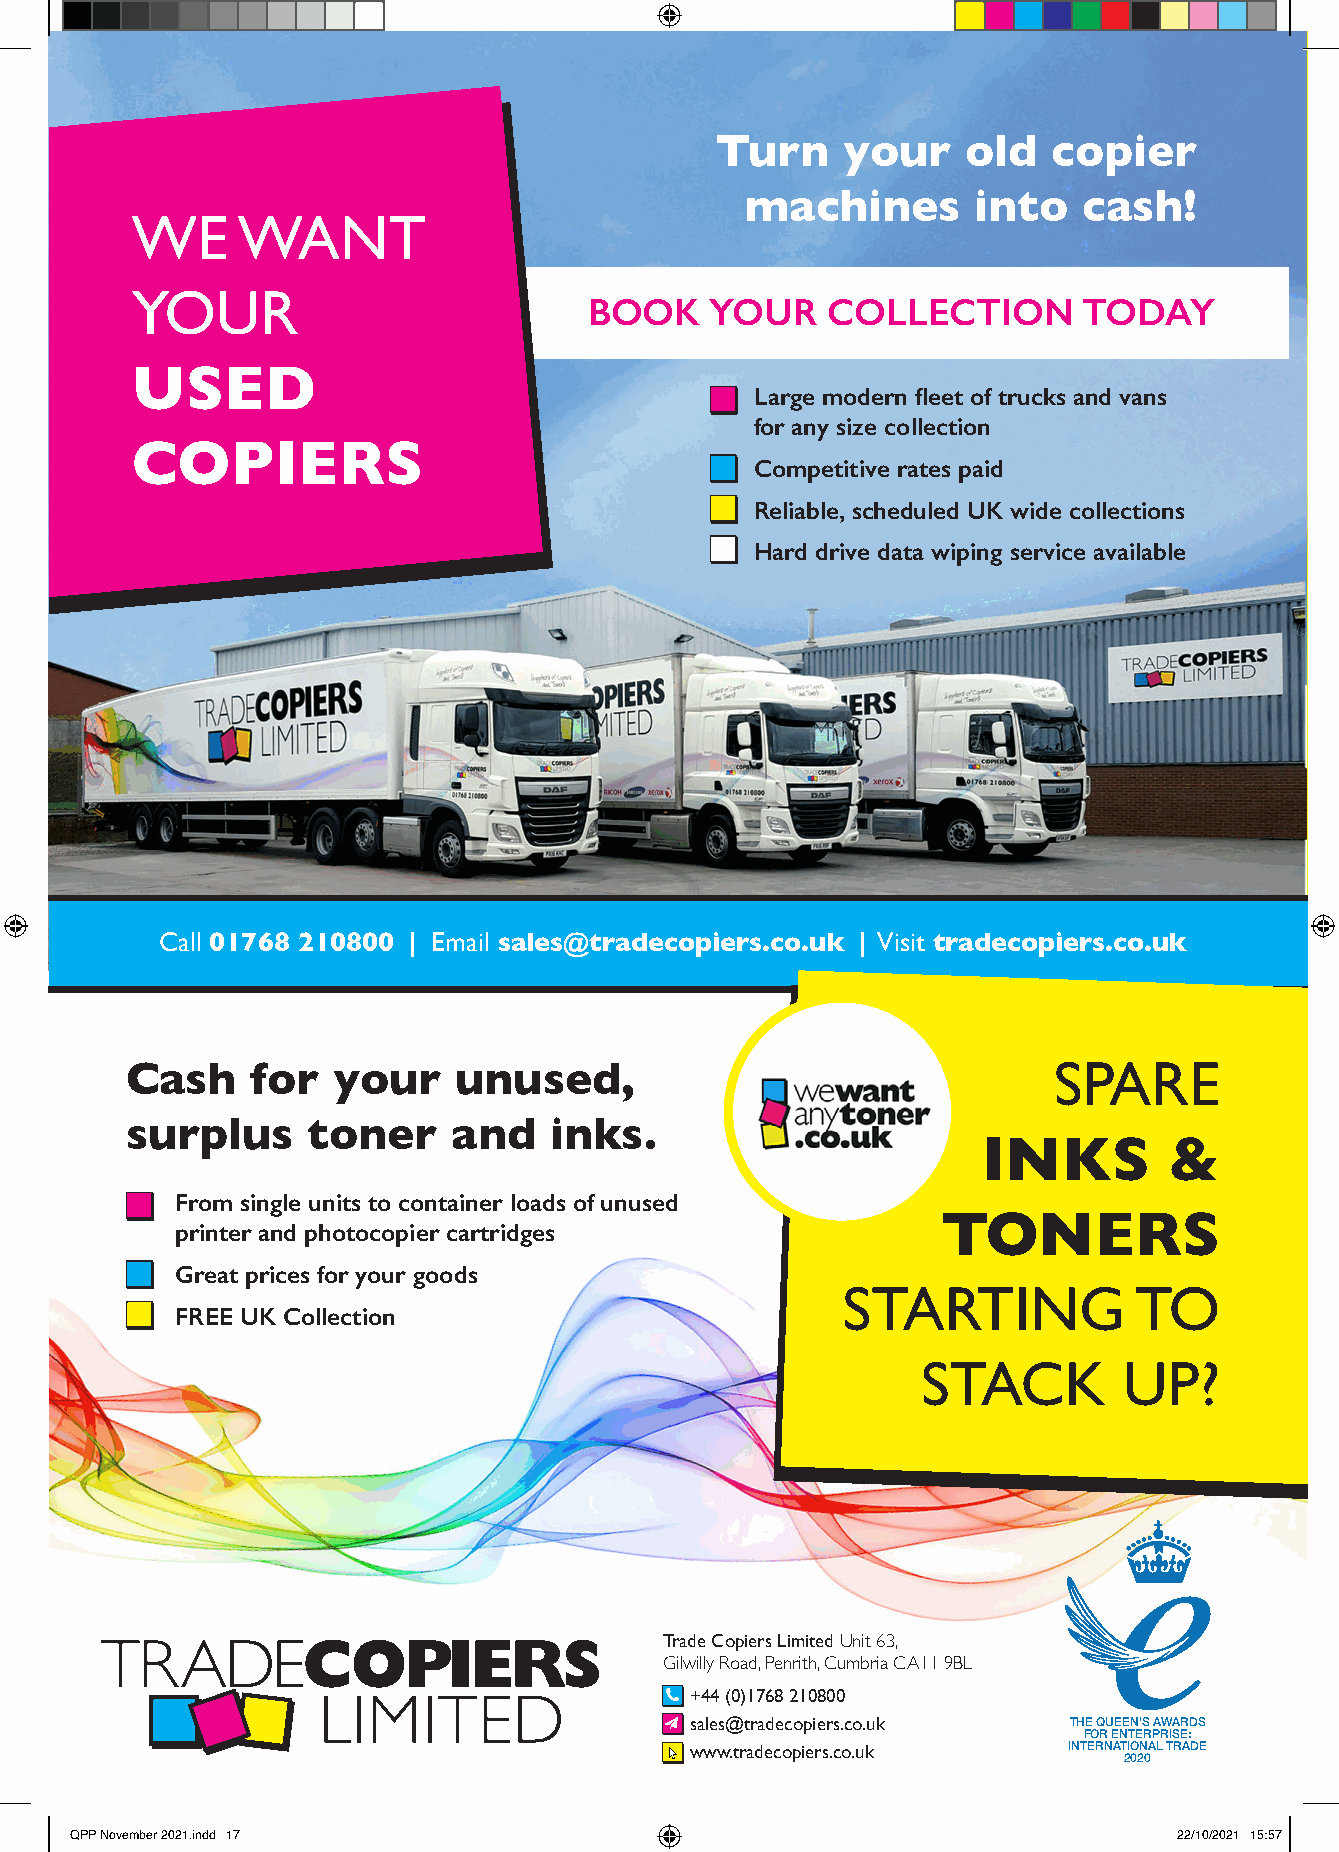
Turn     your    old   copier
 machines       into    cash!
 WE     WANT
 YOUR
 BOOK    YOUR    COLLECTION       TODAY
 USED
 Large modern fleet of trucks and vans
 for any size collection
 COPIERS
 Competitive rates paid
 Reliable, scheduled UK wide collections
 Hard drive data wiping service available
 Call 01768 210800 | Email sales@tradecopiers.co.uk | Visit tradecopiers.co.uk
 SPARE
 Cash     for  your    unused,
 surplus     toner     and   inks.
 INKS        &
 From single units to container loads of unused
 printer and photocopier cartridges                TONERS
 Great prices for your goods
 STARTING           TO
 FREE UK Collection
 STACK        UP?
 Trade Copiers Limited Unit 63,
 Gilwilly Road, Penrith, Cumbria CA11 9BL
 +44 (0)1768 210800
 sales@tradecopiers.co.uk THE QUEEN’S AWARDS
 FOR ENTERPRISE:
 www.tradecopiers.co.uk   INTERNATIONAL TRADE
 2020
 QQPPPP NNoovveemmbbeerr 22002211..iinndddd 1177                          2222//1100//22002211 1155::5577